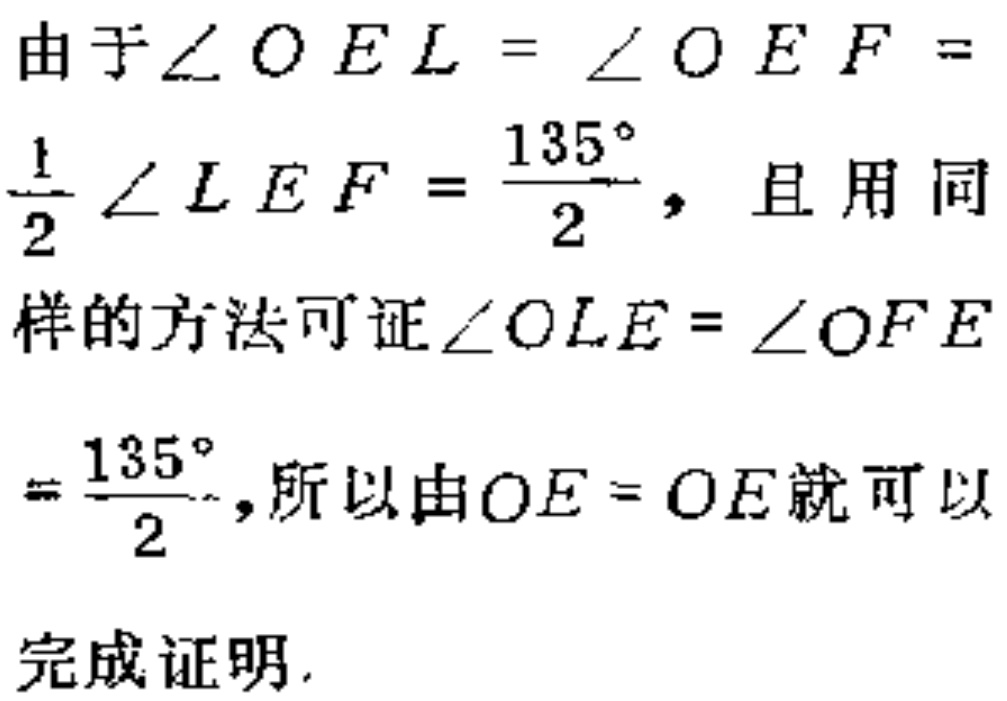
由于\(\angle OEL = \angle OEF = \frac{1}{2}\angle LEF = \frac{135^{\circ}}{2}\)，且用同样的方法可证\(\angle OLE = \angle OFE = \frac{135^{\circ}}{2}\)，所以由\(OE = OE\)就可以完成证明.